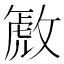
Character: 𫿋